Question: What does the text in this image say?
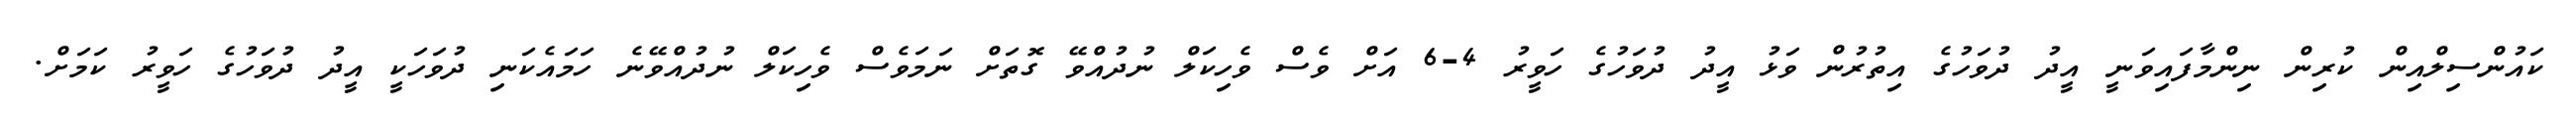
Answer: ކައުންސިލްއިން ކުރިން ނިންމާފައިވަނީ އީދު ދުވަހުގެ އިތުރުން ވަޅު އީދު ދުވަހުގެ ހަވީރު 4-6 އަށް ވެސް ވެހިކަލް ނުދުއްވޭ ގޮތަށް ނަމަވެސް ވެހިކަލް ނުދުއްވޭނެ ހަމައެކަނި ދުވަހަކީ އީދު ދުވަހުގެ ހަވީރު ކަމަށް.